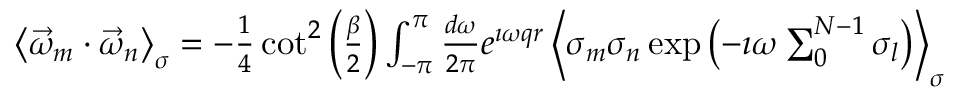
\begin{array} { r l r } & { } & { \left\langle \vec { \omega } _ { m } \cdot \vec { \omega } _ { n } \right\rangle _ { \sigma } = - \frac { 1 } { 4 } \cot ^ { 2 } \left( \frac { \beta } { 2 } \right) \int _ { - \pi } ^ { \pi } \frac { d \omega } { 2 \pi } e ^ { \imath \omega q r } \left\langle \sigma _ { m } \sigma _ { n } \exp \left( - \imath \omega \sum _ { 0 } ^ { N - 1 } \sigma _ { l } \right) \right\rangle _ { \sigma } } \end{array}